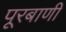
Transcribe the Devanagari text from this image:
पूरबाणी